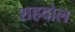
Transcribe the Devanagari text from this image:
शहदोल